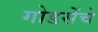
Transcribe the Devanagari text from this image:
गोडसेंचे